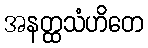
အနတ္ထသံဟိတေ